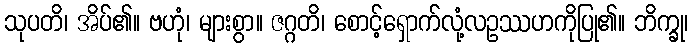
သုပတိ၊ အိပ်၏။ ဗဟုံ၊ များစွာ။ ဇဂ္ဂတိ၊ စောင့်ရှောက်လုံ့လဥဿဟကိုပြု၏။ ဘိက္ခု၊